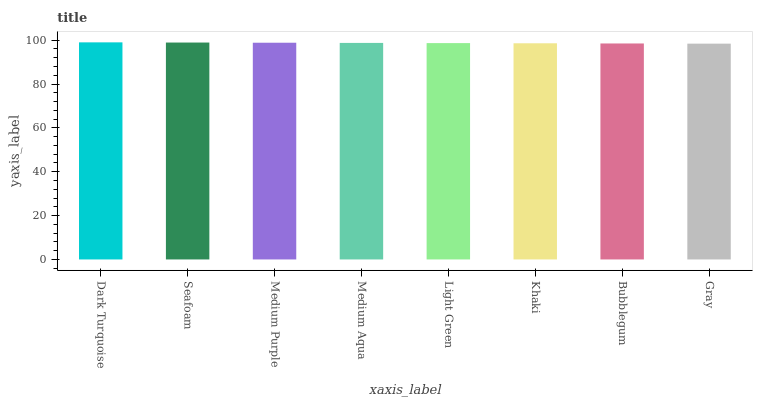
| xaxis_label | bars |
 | --- | --- |
 | Dark Turquoise | 99 |
 | Seafoam | 98.9 |
 | Medium Purple | 98.8 |
 | Medium Aqua | 98.7 |
 | Light Green | 98.7 |
 | Khaki | 98.6 |
 | Bubblegum | 98.5 |
 | Gray | 98.4 |